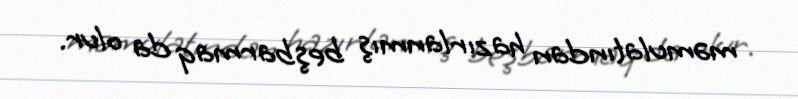
məmulatından hazırlanmış beşbarmaq da olur.